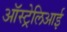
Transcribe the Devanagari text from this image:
ऑस्ट्रेलिआई